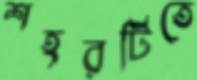
শহরটিতে